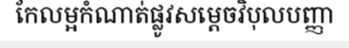
កែលម្អកំណាត់ផ្លូវសម្តេចវិបុលបញ្ញា